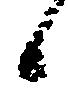
候